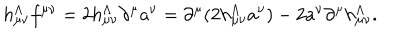
h _ { \mu \nu } ^ { \Lambda } f { } ^ { \mu \nu } = 2 h _ { \mu \nu } ^ { \Lambda } \partial ^ { \mu } a ^ { \nu } = \partial ^ { \mu } ( 2 h _ { \mu \nu } ^ { \Lambda } a ^ { \nu } ) - 2 a ^ { \nu } \partial ^ { \mu } h _ { \mu \nu } ^ { \Lambda } .